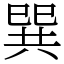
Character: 巽